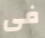
فى